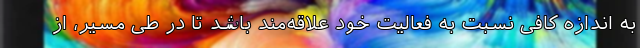
به اندازه کافی نسبت به فعالیت خود علاقه‌مند باشد تا در طی مسیر، از